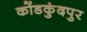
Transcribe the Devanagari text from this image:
कोंडकुंदपुर